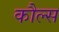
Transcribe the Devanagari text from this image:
कौल्स